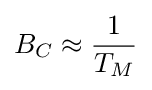
B_{C}\approx {\frac {1}{T_{M}}}